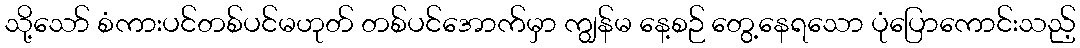
သို့သော် စံကားပင်တစ်ပင်မဟုတ် တစ်ပင်အောက်မှာ ကျွန်မ နေ့စဉ် တွေ့နေရသော ပုံပြောကောင်းသည့်